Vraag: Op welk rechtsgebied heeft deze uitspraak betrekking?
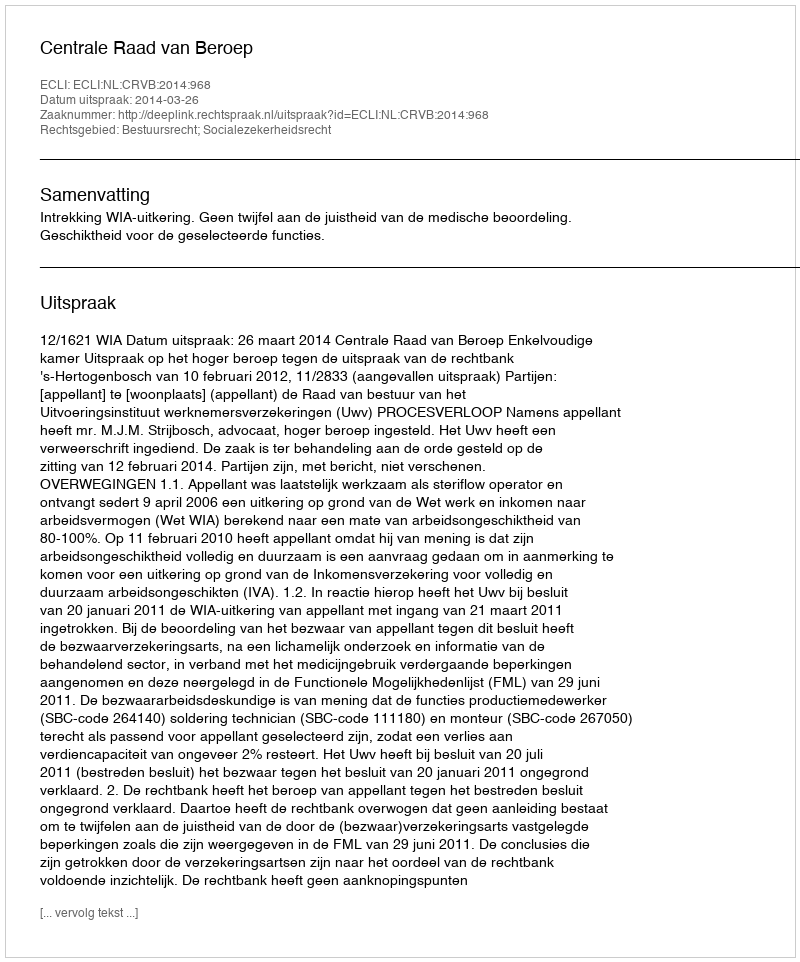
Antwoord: Bestuursrecht; Socialezekerheidsrecht